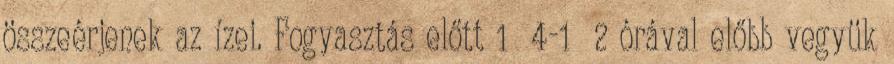
összeérjenek az ízei. Fogyasztás előtt 1 4-1 2 órával előbb vegyük